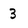
Character: 3